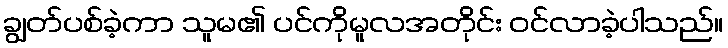
ချွတ်ပစ်ခဲ့ကာ သူမ၏ ပင်ကိုမူလအတိုင်း ဝင်လာခဲ့ပါသည်။